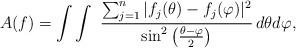
LaTeX: \begin{align*} A(f) = \int\int \ {\sum_{j=1}^n |f_j(\theta)-f_j(\varphi)|^2\over \sin^2\big({\theta-\varphi \over 2}\big)} \, d\theta d\varphi,\end{align*}